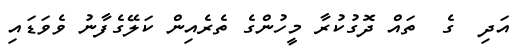
އަދި  ގެ  ތައް ދޮގުކުރާ މީހުންގެ ތެރެއިން ކަލޭގެފާނު ވެވަޑައި